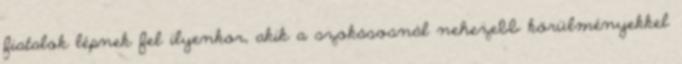
fiatalok lépnek fel ilyenkor, akik a szokásosnál nehezebb körülményekkel